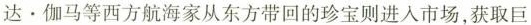
达。伽马等西方航海家从东方带回的珍宝则进入市场，获取巨